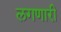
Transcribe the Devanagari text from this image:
लगणारी